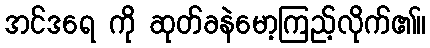
အင်ဒရေ ကို ဆုတ်ခနဲမော့ကြည့်လိုက်၏။